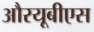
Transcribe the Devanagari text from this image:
औरयूबीएस